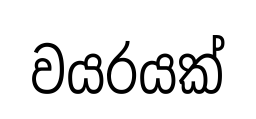
වයරයක්